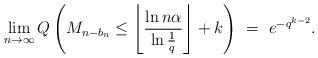
LaTeX: \begin{align*} \lim_{n\to\infty} Q\left( M_{n- b_n} \le \left\lfloor \frac{\ln n \alpha}{\ln \frac 1q} \right\rfloor + k\right) \ = \ e^{-q^{k-2}}.\end{align*}